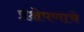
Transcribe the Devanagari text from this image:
प्रक्षेपणाचे